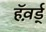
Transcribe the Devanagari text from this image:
हॅव़र्ड्